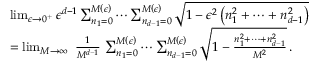
\begin{array} { r l } & { \operatorname* { l i m } _ { \epsilon \rightarrow 0 ^ { + } } { \epsilon ^ { d - 1 } \sum _ { n _ { 1 } = 0 } ^ { M \left( \epsilon \right) } \cdots \sum _ { n _ { d - 1 } = 0 } ^ { M \left( \epsilon \right) } \sqrt { 1 - \epsilon ^ { 2 } \left( n _ { 1 } ^ { 2 } + \cdots + n _ { d - 1 } ^ { 2 } \right) } } } \\ & { = \operatorname* { l i m } _ { M \rightarrow \infty } { \ \frac { 1 } { M ^ { d - 1 } } \, \sum _ { n _ { 1 } = 0 } ^ { M \left( \epsilon \right) } \cdots \sum _ { n _ { d - 1 } = 0 } ^ { M \left( \epsilon \right) } \sqrt { 1 - \frac { n _ { 1 } ^ { 2 } + \cdots + n _ { d - 1 } ^ { 2 } } { M ^ { 2 } } } } \, . } \end{array}